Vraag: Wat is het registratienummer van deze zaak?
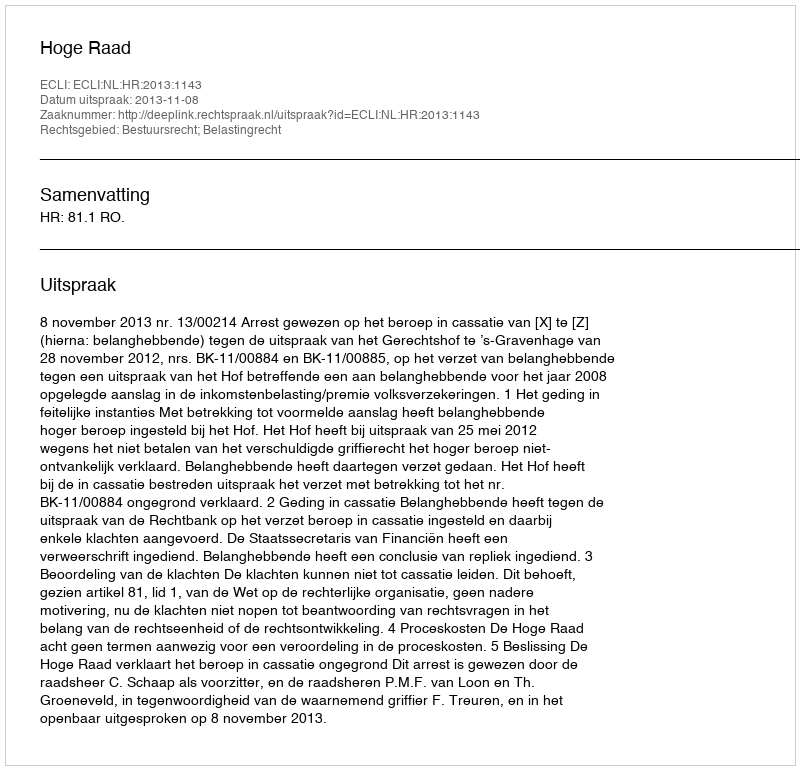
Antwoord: http://deeplink.rechtspraak.nl/uitspraak?id=ECLI:NL:HR:2013:1143